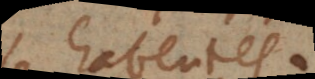
habente